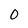
Character: 0